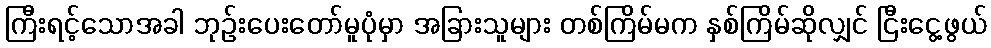
ကြီးရင့်သောအခါ ဘုဉ်းပေးတော်မူပုံမှာ အခြားသူများ တစ်ကြိမ်မက နှစ်ကြိမ်ဆိုလျှင် ငြီးငွေ့ဖွယ်